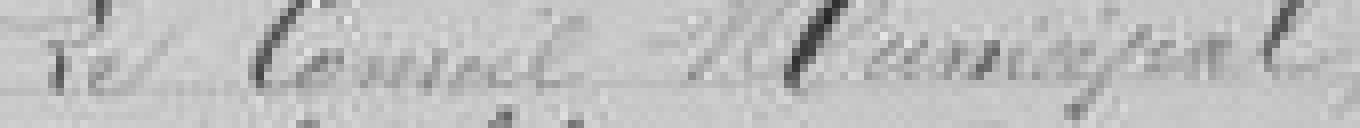
Le Conseil Municipal